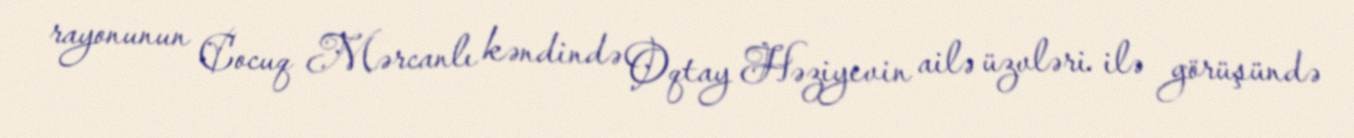
rayonunun Cocuq Mərcanlı kəndində Oqtay Həziyevin ailə üzvləri ilə görüşündə